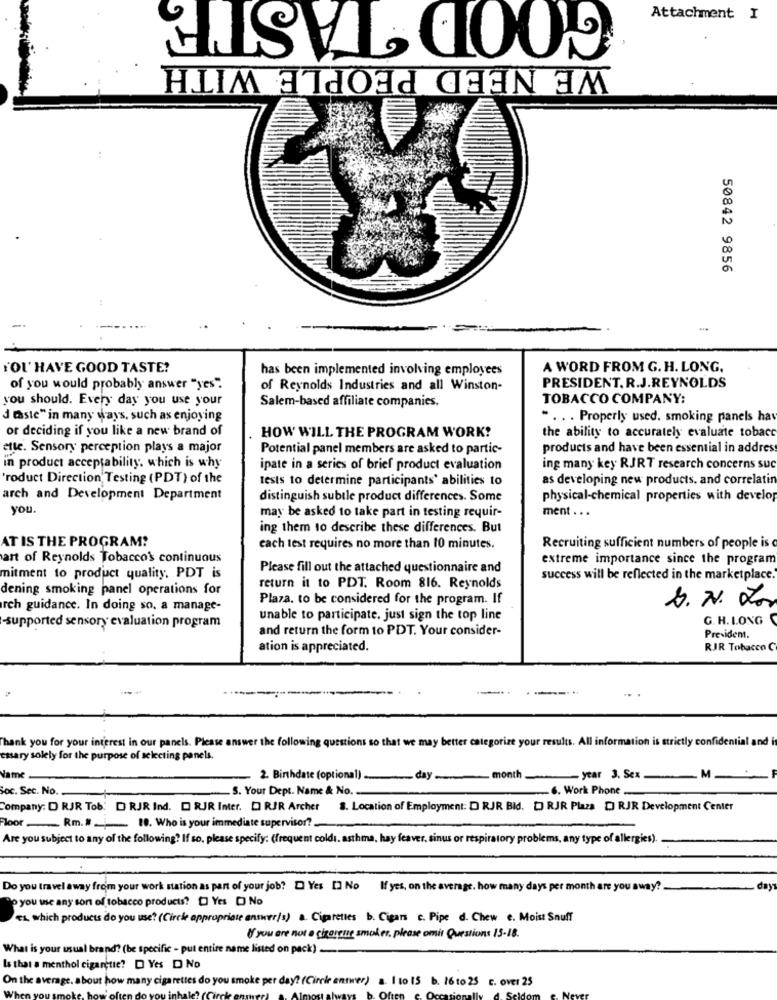
GOOD TASTE
Attachment I
WE NEED PEOPLE WITH
50842 9856
'OU' HAVE GOOD TASTE?
has been implemented involving employees
A WORD FROM G. H. LONG.
of you would probably answer "yes".
of Reynolds Industries and all Winston-
PRESIDENT. R.J.REYNOLDS
you should. Every day you use your
Salem-based affiliate companies.
TOBACCO COMPANY:
d este" in many ways, such as enjoying
.. . . Properly used. smoking panels hav
or deciding if you like a new brand of
the ability to accurately evaluate tobacc
HOW WILL THE PROGRAM WORK?
ette. Sensory perception plays a major
Potential panel members are asked to partic-
products and have been essential in address
in product acceptability. which is why
ipate in a series of brief product evaluation
ing many key RJRT research concerns suc
'roduct Direction Testing (PDT) of the
tests to determine participants' abilities to
as developing new products, and correlatin
arch and Development Department
distinguish subtle product differences. Some
physical-chemical properties with develop
you
may be asked to take part in testing requir-
ment . . .
ing them to describe these differences. But
AT IS THE PROGRAM?
each test requires no more than 10 minutes.
Recruiting sufficient numbers of people is
art of Reynolds Tobacco's continuous
extreme importance since the program
Please fill out the attached questionnaire and
mitment to product quality, PDT is
success will be reflected in the marketplace.
dening smoking panel operations for
return it to PDT. Room 816. Reynolds
Plaza. to be considered for the program. If
S. N. Por
arch guidance. In doing so. a manage-
unable to participate. just sign the top line
G. H. LONG
-supported sensory evaluation program
and return the form to PDT. Your consider-
President
ation is appreciated.
RJR Tobacco C
-----
Thank you for your interest in our panels. Please answer the following questions so that we may better categorize your results. All information is strictly confidential and
essary solely for the purpose of selecting panels.
lame
. 2. Birthdate (optional).
-
day
month
-year 3. Sex
.M.
Soc. Sec. No.
S. Your Dept. Name & No.
6. Work Phone .....
Company: D RJR Tob. D RJR Ind. D RJR Inter. DI RJR Archer 8. Location of Employment: D RJR Bld. [ RJR Plaza D RJR Development Center
Floor .. Rm. # . . 10. Who is your immediate supervisor?
Are you subject to any of the following? If so. please specify: (frequent coldi. asthma, hay feaver, sinus or respiratory problems, any type of allergies).
Do you travel away from your work station as part of your job? D Yes [] No
If yes, on the average. how many days per month are you away?
day
o you we any sort of tobacco products? [ Yes [ No
es which products do you use? (Circle appropriate answer/s) a. Cigarettes b. Cigars c. Pipe d. Chew e. Moist Snuff
If you are not a giornie smoker, please omit Questions 15-18.
What is your usual brand? (be specific - put entire name listed on pack).
Is that a menthol cigarette? D Yes D No
On the average. about how many cigarettes do you smoke per day? (Circle answer) . 1 to 15 b. 16 to 25 c. over 25